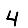
Digit: 4